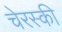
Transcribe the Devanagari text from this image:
चेरस्की